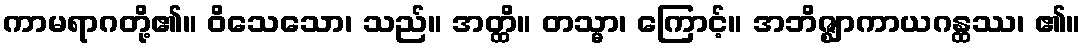
ကာမရာဂတို့၏။ ဝိသေသော၊ သည်။ အတ္ထိ။ တသ္မာ၊ ကြောင့်။ အဘိဇ္ဈာကာယဂန္ထဿ၊ ၏။